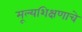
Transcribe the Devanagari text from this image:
मूल्यशिक्षणाचे